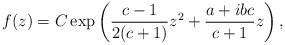
\begin{align*}f(z)=C\exp\left(\frac{c-1}{2(c+1)}z^2+\frac{a+ibc}{c+1}z\right),\end{align*}